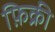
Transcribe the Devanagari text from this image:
फ़िक्री